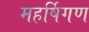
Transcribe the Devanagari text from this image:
महर्षिगण